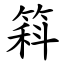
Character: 䈖